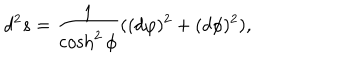
LaTeX: d ^ { 2 } s = \frac { 1 } { \cosh ^ { 2 } { \phi } } ( ( d \varphi ) ^ { 2 } + ( d \phi ) ^ { 2 } ) ,